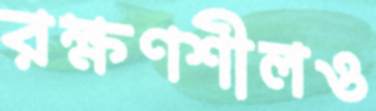
রক্ষণশীলও